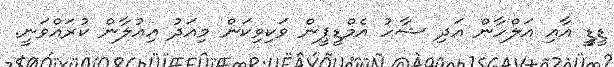
ޑީޑީީ އާއި އަލްހާން އަދި ޝާހު އެމްޑީޕީން ވަކިވިކަން މިއަދު އިއުލާން ކުރައްވަނީ.